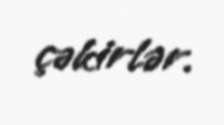
çəkirlər.